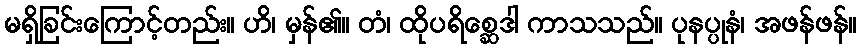
မရှိခြင်းကြောင့်တည်း။ ဟိ၊ မှန်၏။ တံ၊ ထိုပရိစ္ဆေဒါ ကာသသည်။ ပုနပ္ပုနံ၊ အဖန်ဖန်။